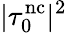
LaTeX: |\tau_{0}^{\mathrm{nc}}|^{2}